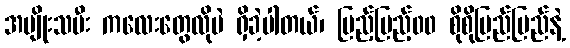
အမျိုးသမီး ကလေးတွေလိုပဲ ရှိခဲ့ပါတယ်၊ ပြည့်ပြည့်၀၀ စိုစိုပြည်ပြည်နဲ့